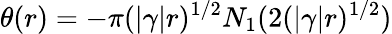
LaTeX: \theta(r)=-\pi(|\gamma|r)^{1/2}N_{1}(2(|\gamma|r)^{1/2})